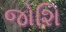
જોશિ